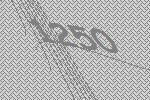
1250